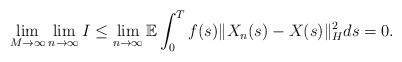
\begin{align*}\lim_{M\rightarrow\infty}\lim_{n\rightarrow\infty} I \leq \lim_{n\rightarrow\infty} \mathbb{E} \int_0^{T} f(s) \Vert X_n(s) - X(s) \Vert_H^2 ds = 0 .\end{align*}